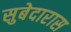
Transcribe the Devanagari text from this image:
सुबेदारास